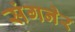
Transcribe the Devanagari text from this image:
संगनेर